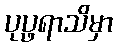
ပုပ္ဖရာသိမှာ